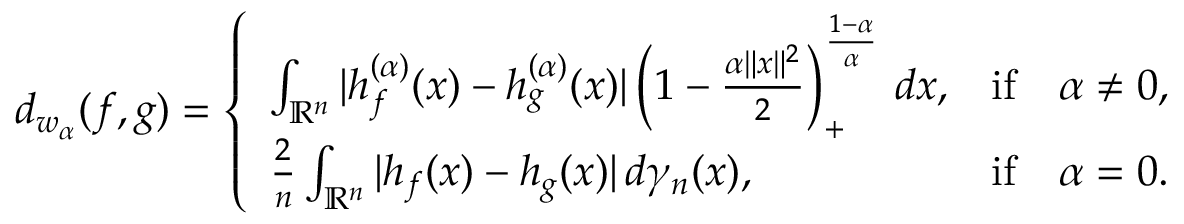
\begin{array} { r } { d _ { w _ { \alpha } } ( f , g ) = \left\{ \begin{array} { l l } { \int _ { \mathbb { R } ^ { n } } | h _ { f } ^ { ( \alpha ) } ( x ) - h _ { g } ^ { ( \alpha ) } ( x ) | \left( 1 - \frac { \alpha \| x \| ^ { 2 } } { 2 } \right) _ { + } ^ { \frac { 1 - \alpha } { \alpha } } \, d x , } & { \mathrm { i f } \quad \alpha \neq 0 , } \\ { \frac { 2 } { n } \int _ { \mathbb { R } ^ { n } } | h _ { f } ( x ) - h _ { g } ( x ) | \, d \gamma _ { n } ( x ) , } & { \mathrm { i f } \quad \alpha = 0 . } \end{array} \right. } \end{array}